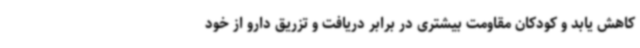
کاهش یابد و کودکان مقاومت بیشتری در برابر دریافت و تزریق دارو از خود